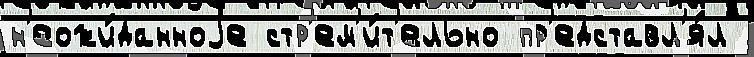
н'еожи́данноjе стр'ем'и́т'ельно пр'едставл'я́л